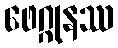
ဖေဂ္ဂုနဿ